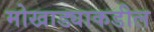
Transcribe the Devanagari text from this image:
मोखाड्याकडील